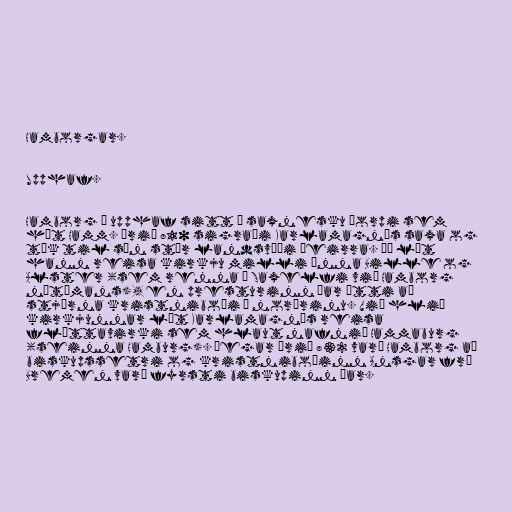
Hamborgar.

Upphaf.

Hamborg á upphaf sitt í saxnesku þorpi sem
hét Hamm. Árið 810 sigraði Karlamagnús saxa og
tók til sín stór landsvæði þeirra. Þá lét
hann reisa kirkju milli ánna Bille og
Alster (sem renna í Saxelfi við Hamborg
nútímans), en presturinn þar átti að
stjórna kristniboði í norðrinu. Við hlið
kirkjunnar lét Karlamagnús reisa
flóttavirki sem hlaut nafnið Hammaburg
(seinna Hamburg). Þegar árið 832 varð Hamborg að
biskupssetri og kristniboðinn Ansgar frá
Bremen varð fyrsti biskupinn þar.